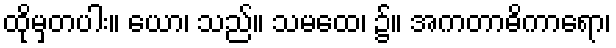
ထိုမှတပါး။ ယော၊ သည်။ သမထေ၊ ၌။ အကတာဓိကာရော၊